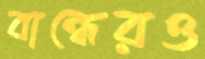
বান্ধেরও